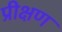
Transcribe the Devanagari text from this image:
प्रीक्षण